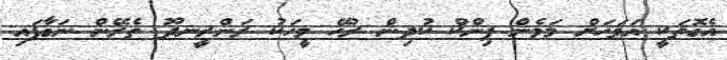
އެގޮތަކީ އަވަހަށް މަމެން ޕިންކް ކުދިން ރުހޭ މީހަކު ރަންރީނދޫ ތެރޭން ނަގާފައި